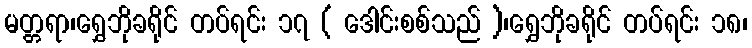
မတ္တရာ၊ရွှေဘိုခရိုင် တပ်ရင်း ၁၇ ( ဒေါင်းစစ်သည် )၊ရွှေဘိုခရိုင် တပ်ရင်း ၁၈၊